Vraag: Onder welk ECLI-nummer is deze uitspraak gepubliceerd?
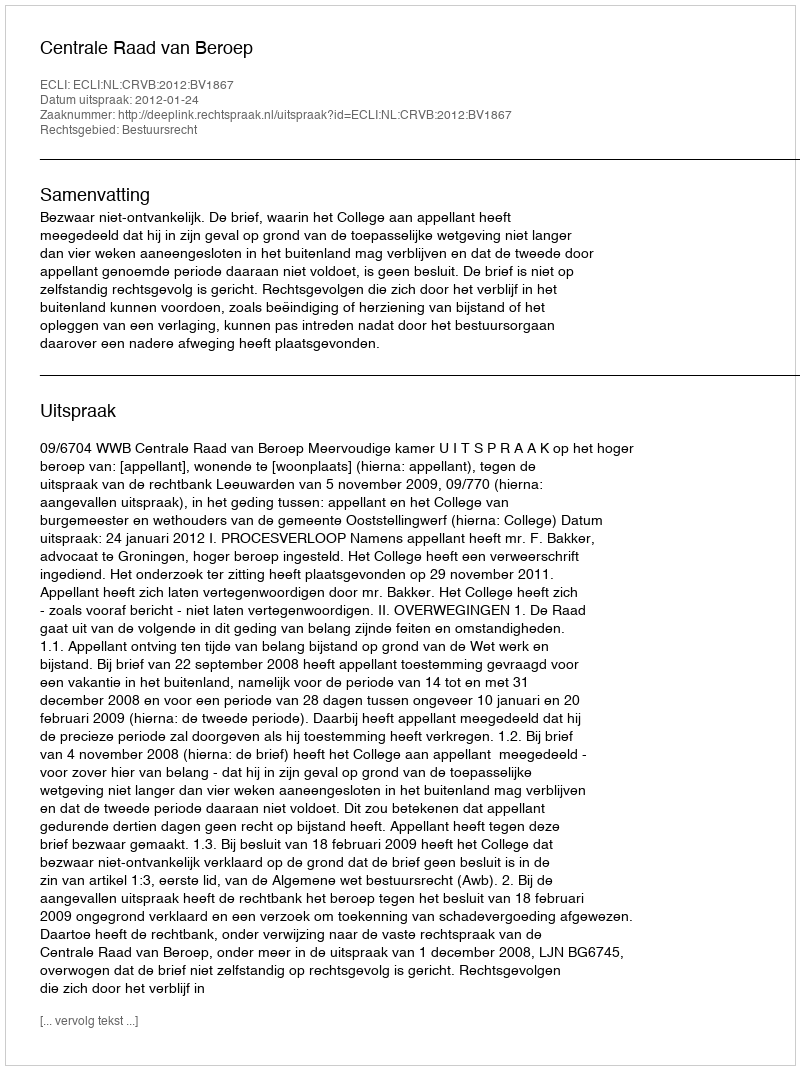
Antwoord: ECLI:NL:CRVB:2012:BV1867